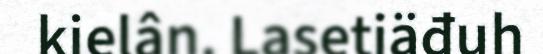
kielân. Lasetiäđuh